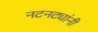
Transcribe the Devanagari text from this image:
नटनट्यांनी